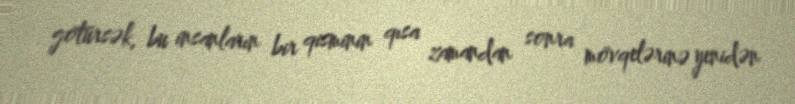
götürsək, bu insanların bir qisminin qısa zamandan sonra mövqelərinə yenidən